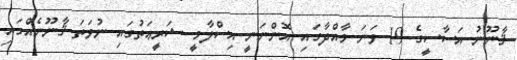
ޤާނޫނު އަސާސީގެ 19 ވަނަ މާއްދާގައި އޮންނަނީ އިސްލާމީ ޝަރީޢަތުގައި ނުވަތަ ޤާނޫނެއްގައި